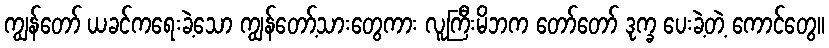
ကျွန်တော် ယခင်ကရေးခဲ့သော ကျွန်တော့်သားတွေကား လူကြီးမိဘက တော်တော် ဒုက္ခ ပေးခဲ့တဲ့ ကောင်တွေ။